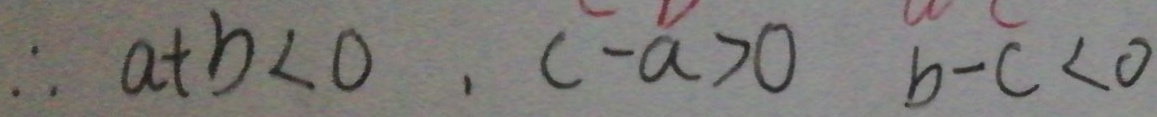
\therefore a + b < 0 , c - a > 0 b - c < 0